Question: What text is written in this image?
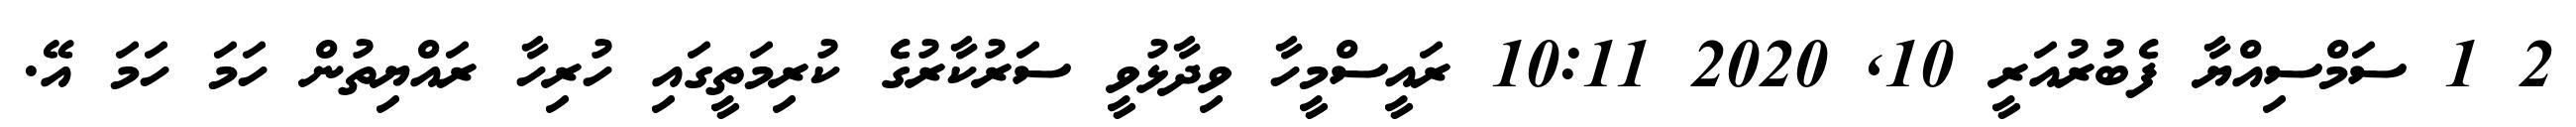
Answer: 2 1 ސަމްސިއްޔާ ފެބުރުއަރީ 10, 2020 10:11 ރައީސްމީހާ ވިދާޅުވީ ސަރުކާރުގެ ކުރިމަތީގައި ހުރިހާ ރައްޔިތުން ހަމަ ހަމަ އޭ.